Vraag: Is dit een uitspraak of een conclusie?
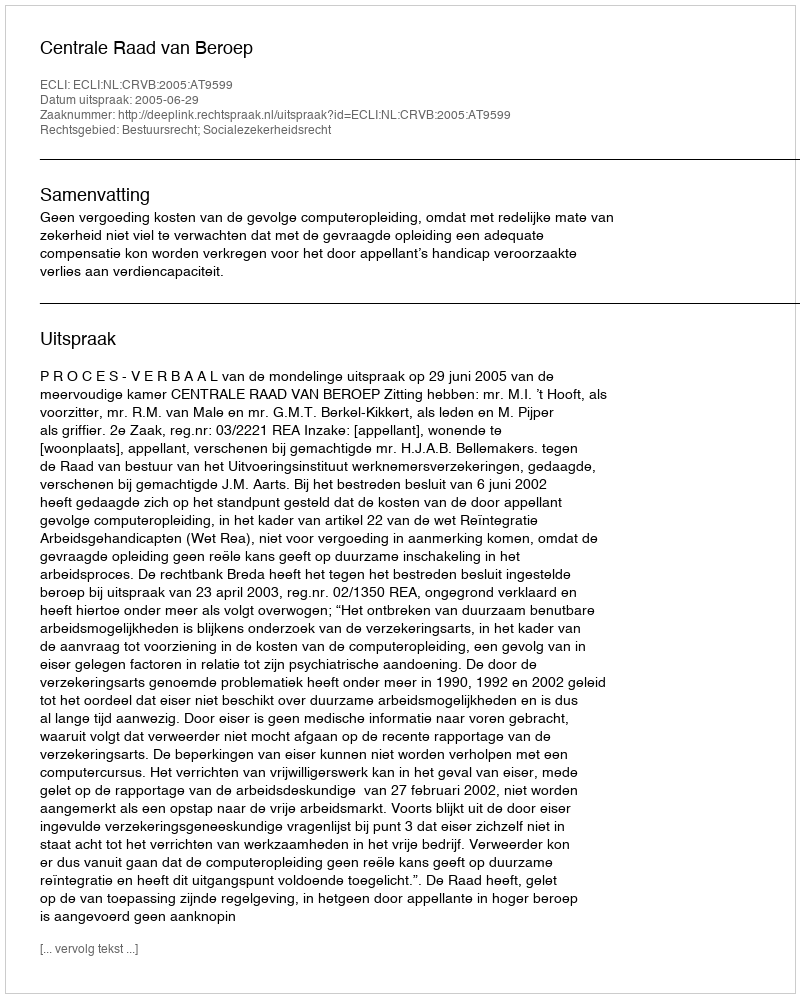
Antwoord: Uitspraak